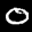
Label: 0